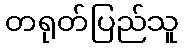
တရုတ်ပြည်သူ